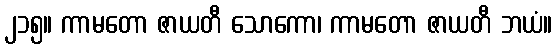
၂၁၅။ ကာမတော ဇာယတီ သောကော၊ ကာမတော ဇာယတီ ဘယံ။